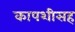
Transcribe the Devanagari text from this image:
कापशीसह